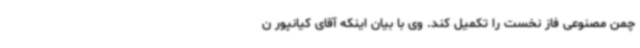
چمن مصنوعی فاز نخست را تکمیل کند. وی با بیان اینکه آقای کیانپور ن